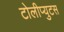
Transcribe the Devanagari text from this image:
टोलीप्युटस